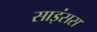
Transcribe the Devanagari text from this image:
साइंसस